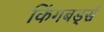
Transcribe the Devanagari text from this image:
किंगबर्ड्स